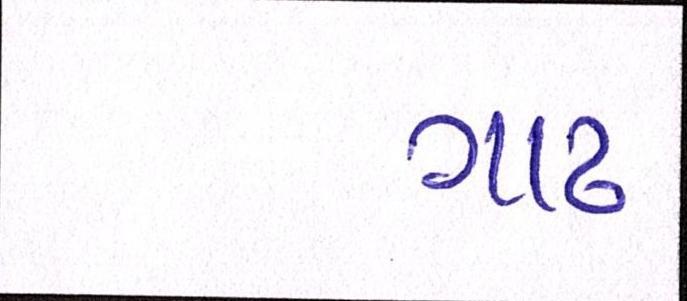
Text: ગાઢ